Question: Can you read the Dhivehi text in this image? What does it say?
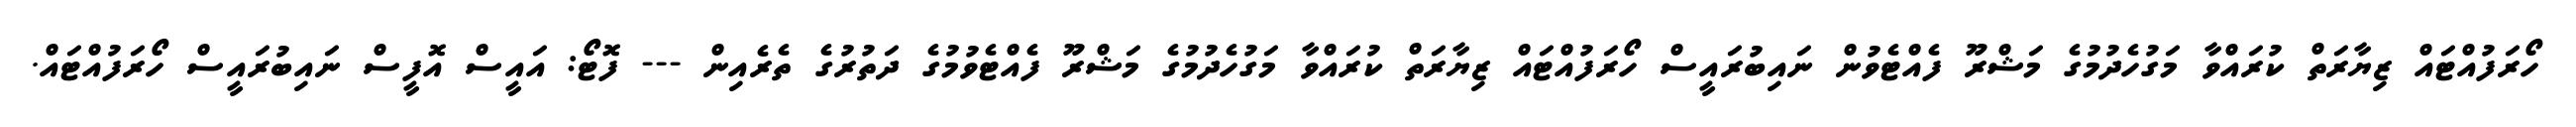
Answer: ހޯރަފުއްޓައް ޒިޔާރަތް ކުރައްވާ މަގުހެދުމުގެ މަޝްރޫ ފެއްޓެވުން ނައިބުރައީސް ހޯރަފުއްޓައް ޒިޔާރަތް ކުރައްވާ މަގުހެދުމުގެ މަޝްރޫ ފެއްޓެވުމުގެ ދަތުރުގެ ތެރެއިން --- ފޮޓޯ: އައީސް އޮފީސް ނައިބުރައީސް ހޯރަފުއްޓައް.